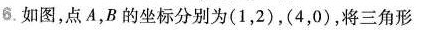
6.如图，点A，B的坐标分别为(1，2)，(4，0)，将三角形